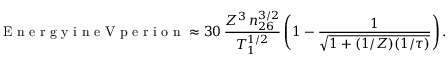
\textrm { E n e r g y i n e V p e r i o n } \approx 3 0 \, \frac { Z ^ { 3 } \, n _ { 2 6 } ^ { 3 / 2 } } { T _ { 1 } ^ { 1 / 2 } } \left( 1 - \frac { 1 } { \sqrt { 1 + ( 1 / Z ) ( 1 / \tau ) } } \right) .